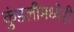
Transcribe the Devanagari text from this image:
कुंडलीमध्येही